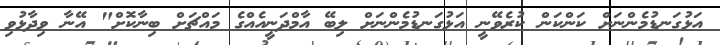
އަޅުގަނޑުމެންނަށް ކަންކަން ކުރެވޭނީ އަޅުގަނޑުމެންނަށް ލިބޭ އާމްދަނީއެއްގެ މައްޗަށް ބިނާކޮށް" އޭނާ ވިދާޅުވި